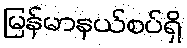
မြန်မာနယ်စပ်ရှိ